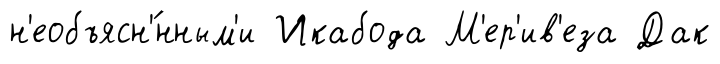
н'еобъясн'́нным'и Икабода М'ер'ив'еза Дак